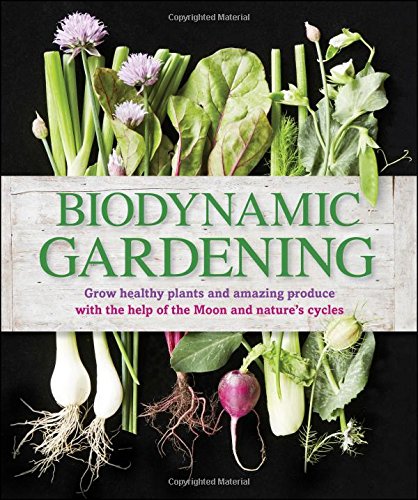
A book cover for Biodynamic Gardening; DK; Crafts, Hobbies & Home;